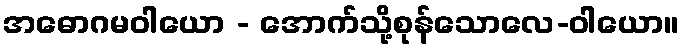
အဓောဂမဝါယော - အောက်သို့စုန်သောလေ-ဝါယော။